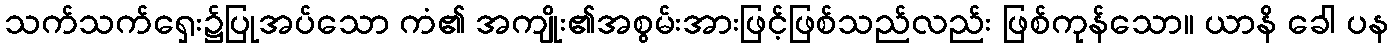
သက်သက်ရှေး၌ပြုအပ်သော ကံ၏ အကျိုး၏အစွမ်းအားဖြင့်ဖြစ်သည်လည်း ဖြစ်ကုန်သော။ ယာနိ ခေါ ပန